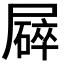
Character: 𡳥